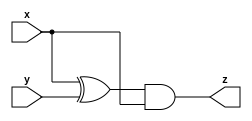
module top_module (
    input wire x,
    input wire y,
    output wire z
);
    // Implement the function z = (x ^ y) & x
    assign z = (x ^ y) & x;
endmodule